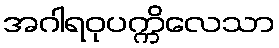
အဂါရဝုပက္ကိလေသာ